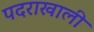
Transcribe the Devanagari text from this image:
पदराखाली